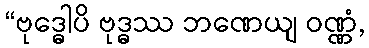
“ဗုဒ္ဓေါပိ ဗုဒ္ဓဿ ဘဏေယျ ဝဏ္ဏံ,